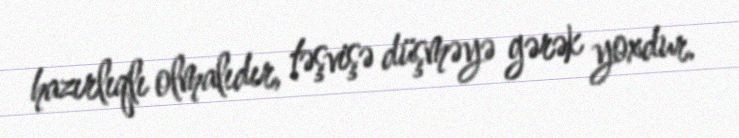
hazırlıqlı olmalıdır, təşvişə düşməyə gərək yoxdur.